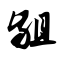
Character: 龃